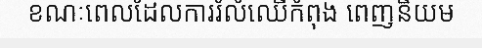
ខណៈពេលដែលការរំលំឈើកំពុង ពេញនិយម